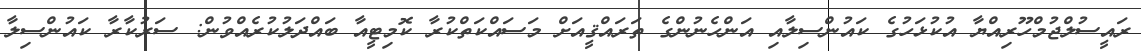
ރައީސުލްޖުމްހޫރިއްޔާ އުކުޅަހުގެ ކައުންސިލާއި އަންހެނުންގެ ތަރައްޤީއަށް މަސައްކަތްކުރާ ކޮމިޓީއާ ބައްދަލުކުރެއްވުން: ސަރުކާާރާ ކައުންސިލާ